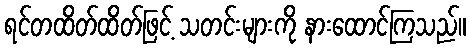
ရင်တထိတ်ထိတ်ဖြင့် သတင်းများကို နားထောင်ကြသည်။